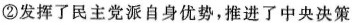
②发挥了民主党派自身优势，推进了中央决策